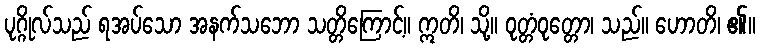
ပုဂ္ဂိုလ်သည် ရအပ်သော အနက်သဘော သတ္တိကြောင့်။ ဣတိ၊ သို့။ ဝုတ္တံဝုတ္တော၊ သည်။ ဟောတိ၊ ၏။